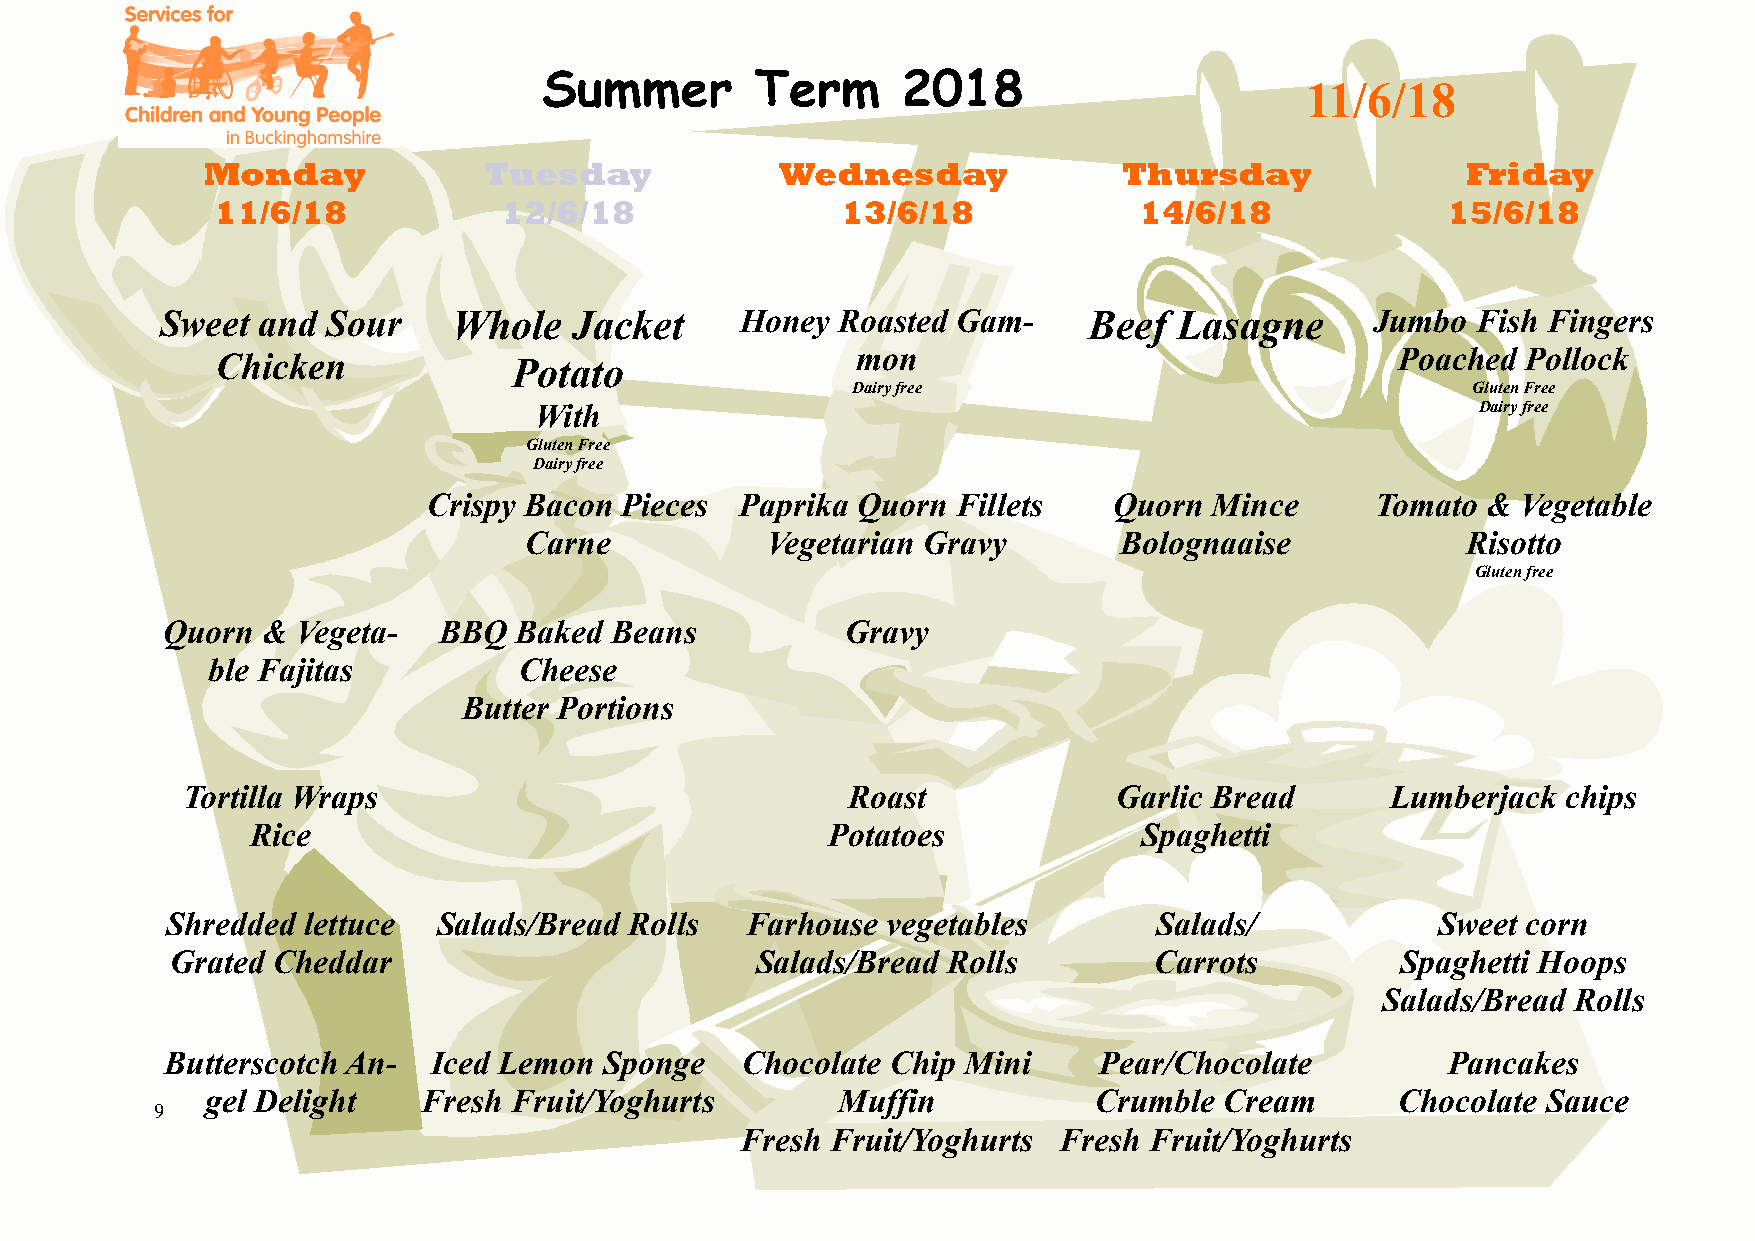
Summer        Term      2018
 11/6/18
 Monday            Tuesday             Wednesday             Thursday               Friday
 11/6/18            12/6/18                13/6/18            14/6/18              15/6/18
 Sweet and  Sour    Whole   Jacket     Honey Roasted Gam-     Beef  Lasagne      Jumbo  Fish Fingers
 Chicken             Potato                 mon                                 Poached Pollock
 Dairy free                               Gluten Free
 With                                                           Dairy free
 Gluten Free
 Dairy free
 Crispy Bacon Pieces  Paprika Quorn Fillets    Quorn Mince      Tomato &  Vegetable
 Carne           Vegetarian Gravy       Bolognaaise            Risotto
 Gluten free
 Quorn &  Vegeta-  BBQ  Baked Beans           Gravy
 ble Fajitas         Cheese
 Butter Portions
 Tortilla Wraps                              Roast             Garlic Bread      Lumberjack  chips
 Rice                                  Potatoes            Spaghetti
 Shredded lettuce  Salads/Bread Rolls  Farhouse  vegetables       Salads/            Sweet corn
 Grated Cheddar                         Salads/Bread Rolls        Carrots          Spaghetti Hoops
 Salads/Bread Rolls
 Butterscotch An-  Iced Lemon Sponge   Chocolate Chip Mini     Pear/Chocolate         Pancakes
 gel Delight   Fresh Fruit/Yoghurts       Muffin           Crumble  Cream       Chocolate Sauce
 9
 Fresh Fruit/Yoghurts Fresh Fruit/Yoghurts